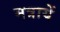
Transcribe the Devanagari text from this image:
मत्रायें